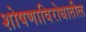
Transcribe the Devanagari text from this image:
शोषणाविरोधातील